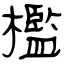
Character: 檻